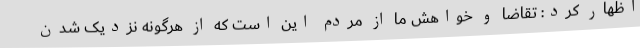
اظهار کرد: تقاضا و خواهش ما از مردم این است که از هرگونه نزدیک شدن